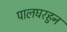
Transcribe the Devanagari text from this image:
पालघरहुन